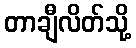
တာချီလိတ်သို့